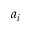
a _ { i }